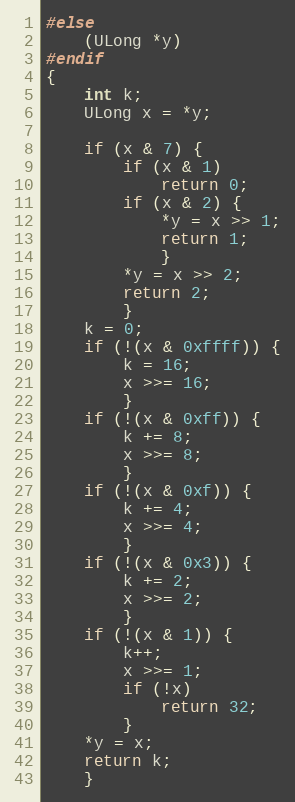
Language: C
#else
	(ULong *y)
#endif
{
	int k;
	ULong x = *y;

	if (x & 7) {
		if (x & 1)
			return 0;
		if (x & 2) {
			*y = x >> 1;
			return 1;
			}
		*y = x >> 2;
		return 2;
		}
	k = 0;
	if (!(x & 0xffff)) {
		k = 16;
		x >>= 16;
		}
	if (!(x & 0xff)) {
		k += 8;
		x >>= 8;
		}
	if (!(x & 0xf)) {
		k += 4;
		x >>= 4;
		}
	if (!(x & 0x3)) {
		k += 2;
		x >>= 2;
		}
	if (!(x & 1)) {
		k++;
		x >>= 1;
		if (!x)
			return 32;
		}
	*y = x;
	return k;
	}